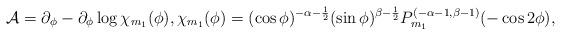
LaTeX: \begin{align*} {\cal A} = \partial_{\phi} - \partial_{\phi} \log \chi_{m_1}(\phi), \chi_{m_1}(\phi) = (\cos\phi)^{-\alpha-\frac{1}{2}} (\sin\phi)^{\beta-\frac{1}{2}} P^{(-\alpha-1,\beta-1)}_{m_1}(-\cos2\phi), \end{align*}